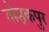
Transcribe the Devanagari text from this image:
तोड़कपुर